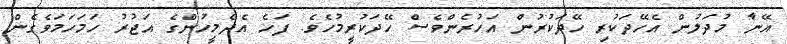
އޭނާ މުދަލުން އެހޭދަކުރި ހޭދަކުރުން އަހުރެންވެސް ހޭދަކުރީމުހެވެ. ފަހެ އެދެމީހުންގެ އަޖުރު ހަމަހަމަވެގެން